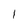
Character: 1